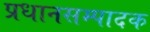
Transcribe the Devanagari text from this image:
प्रधानसम्पादक